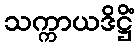
သက္ကာယဒိဋ္ဌိံ